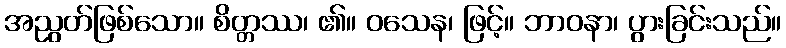
အညွတ်ဖြစ်သော။ စိတ္တဿ၊ ၏။ ဝသေန၊ ဖြင့်။ ဘာဝနာ၊ ပွားခြင်းသည်။